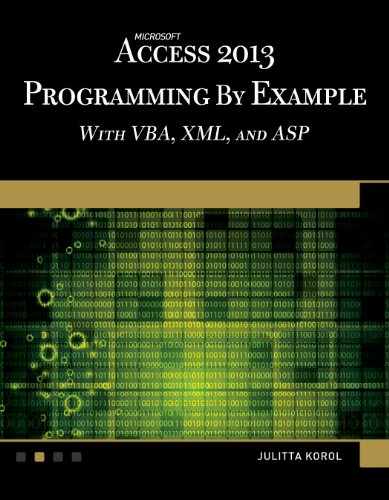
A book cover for Microsoft Access 2013 Programming by Example with VBA, XML, and ASP (Computer Science); Julitta Korol; Computers & Technology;